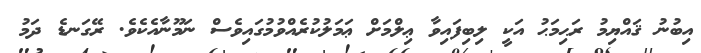
އިބުނު ޤައްޔިމު ރަޙިމަޙު އަކީ ލިބިފައިވާ ޢިލްމަށް ޢަމަލުކުރެއްވުމުގައިވެސް ނަމޫނާއެކެވެ. ރޭގަނޑެ ދަމު